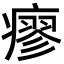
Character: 瘳